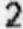
2